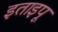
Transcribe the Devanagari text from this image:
इताइपू